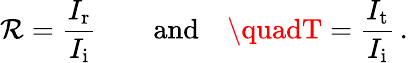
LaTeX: \mathcal{R}=\frac{{I_{\mathrm{{r}}}}}{{I_{\mathrm{{i}}}}}\quad\quad\mathrm{{and}}\quad\quadT=\frac{{I_{\mathrm{{t}}}}}{{I_{\mathrm{{i}}}}}\, .